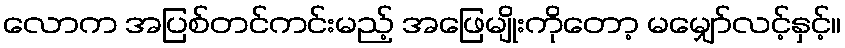
လောက အပြစ်တင်ကင်းမည့် အဖြေမျိုးကိုတော့ မမျှော်လင့်နှင့်။